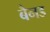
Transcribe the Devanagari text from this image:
बैनड